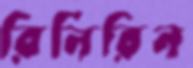
রিনিরিন